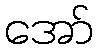
အော်